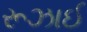
રૂઝાઈ